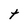
Character: t